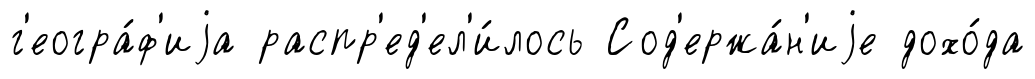
г'еогра́ф'иjа распр'ед'ел'и́лось Сод'ержа́н'иjе дохо́да